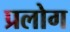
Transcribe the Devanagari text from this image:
प्रलोग